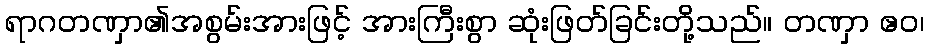
ရာဂတဏှာ၏အစွမ်းအားဖြင့် အားကြီးစွာ ဆုံးဖြတ်ခြင်းတို့သည်။ တဏှာ ဧဝ၊